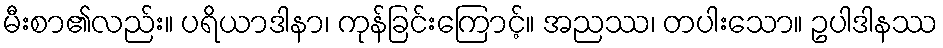
မီးစာ၏လည်း။ ပရိယာဒါနာ၊ ကုန်ခြင်းကြောင့်။ အညဿ၊ တပါးသော။ ဥပါဒါနဿ